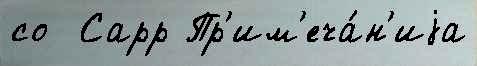
со  Сарр Пр'им'еча́н'иjа